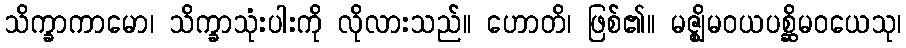
သိက္ခာကာမော၊ သိက္ခာသုံးပါးကို လိုလားသည်။ ဟောတိ၊ ဖြစ်၏။ မဇ္ဈိမဝယပစ္ဆိမဝယေသု၊